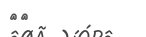
١٢